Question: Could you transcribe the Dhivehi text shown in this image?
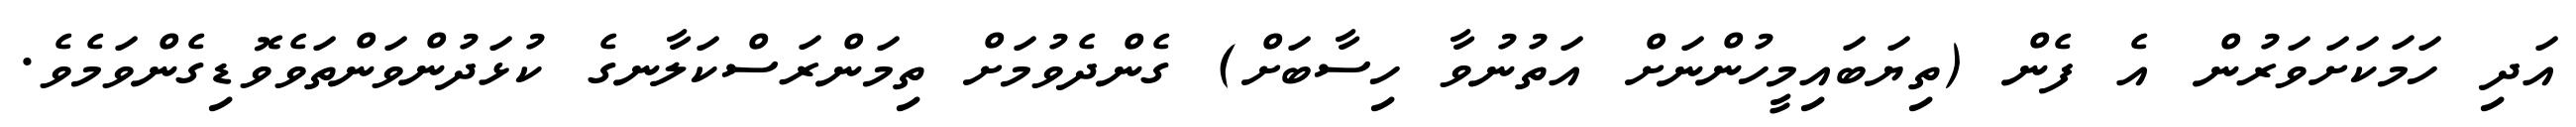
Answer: އަދި ހަމަކަށަވަރުން އެ ފެން (ތިޔަބައިމީހުންނަށް އަތުނުވާ ހިސާބަށް) ގެންދެވުމަށް ތިމަންރަސްކަލާނގެ ކުޅަދުންވަންތަވެވޮޑިގެންވަމެވެ.